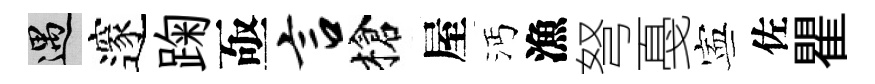
遇邃踘亟言槍屋沔漁弩戞寕佐瞿